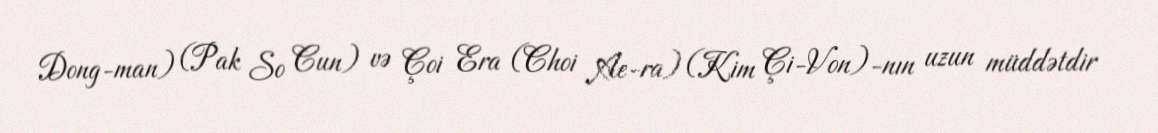
Dong-man) (Pak So Cun) və Çoi Era (Choi Ae-ra) (Kim Çi-Von)-nın uzun müddətdir